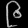
Digit: ၉